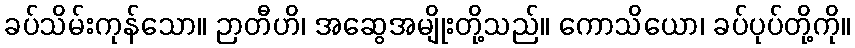
ခပ်သိမ်းကုန်သော။ ဉာတီဟိ၊ အဆွေအမျိုးတို့သည်။ ကောသိယော၊ ခပ်ပုပ်တို့ကို။